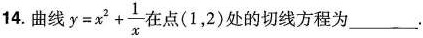
14.曲线$$y=x^{2}+ \frac{1}{x}$$ 在点(1，2)处的切线方程为___.